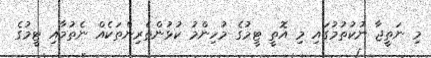
މި ނަތީޖާ ނުކުތުމުގައި މި އޮތީ ޓީމުގެ މުހިންމު ކުޅުންތެރިންތަކެއް ނެތުމާއި ޓީމުގެ